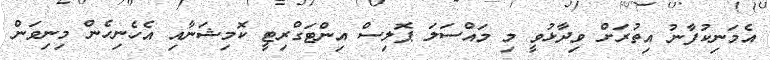
އެމަނިކުފާނު އިތުރަށް ވިދާޅުވީ މި މައްސަލަ ޕޮލިސް އިންޓަގްރިޓީ ކޮމިޝަނާއި އެހެނިހެން މިނިވަން